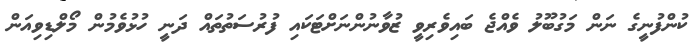
ކުންފުނީގެ ނަން މަގުބޫލު ވެއްޖެ ބައިވެރިވީ ޒުވާނުންނަށްޓަކައި ފުރުސަތުތައް ދަނީ ހުޅުވެމުން މޯލްޑިވިއަން